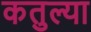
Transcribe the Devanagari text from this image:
कतुल्या